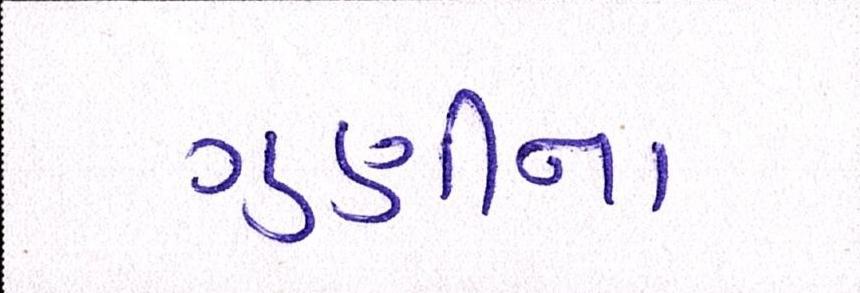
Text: ગુણીના